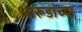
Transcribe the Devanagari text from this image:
भारूडांच्या